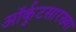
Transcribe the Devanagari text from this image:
ऑर्कुटसारख्या